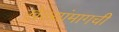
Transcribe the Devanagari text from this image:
खेळ्यांमागची